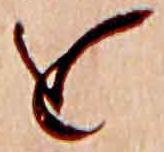
を